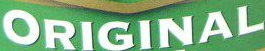
ORIGINAL